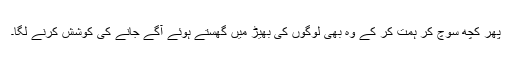
پھر کچھ سوچ کر ہمت کر کے وہ بھی لوگوں کی بھیڑ میں گھستے ہوئے آگے جانے کی کوشش کرنے لگا۔